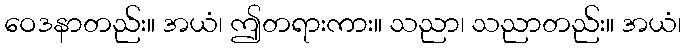
ဝေဒနာတည်း။ အယံ၊ ဤတရားကား။ သညာ၊ သညာတည်း။ အယံ၊